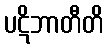
ပဋိဘာတီတိ